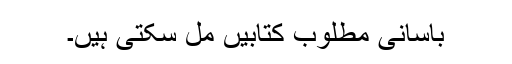
بآسانی مطلوب کتابیں مل سکتی ہیں۔